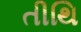
તીથિ